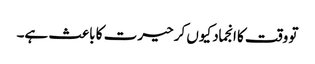
تو وقت کا انجماد کیوں کر حیرت کا باعث ہے۔